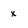
Character: x